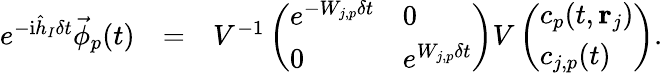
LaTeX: \begin{array}{rlr}{e^{-\mathrm{i}\hat{h}_{I}\delta t}\vec{\phi}_{p}(t)}&{=}&{V^{-1}\left(\begin{array}{ll}{e^{-W_{j,p}\delta t}}&{0}\\ {0}&{e^{W_{j,p}\delta t}}\end{array}\right)V\left(\begin{array}{l}{c_{p}(t,{\mathbf r}_{j})}\\ {c_{j,p}(t)}\end{array}\right).}\end{array}